kultuurilooline_kollektsioon, lk 28
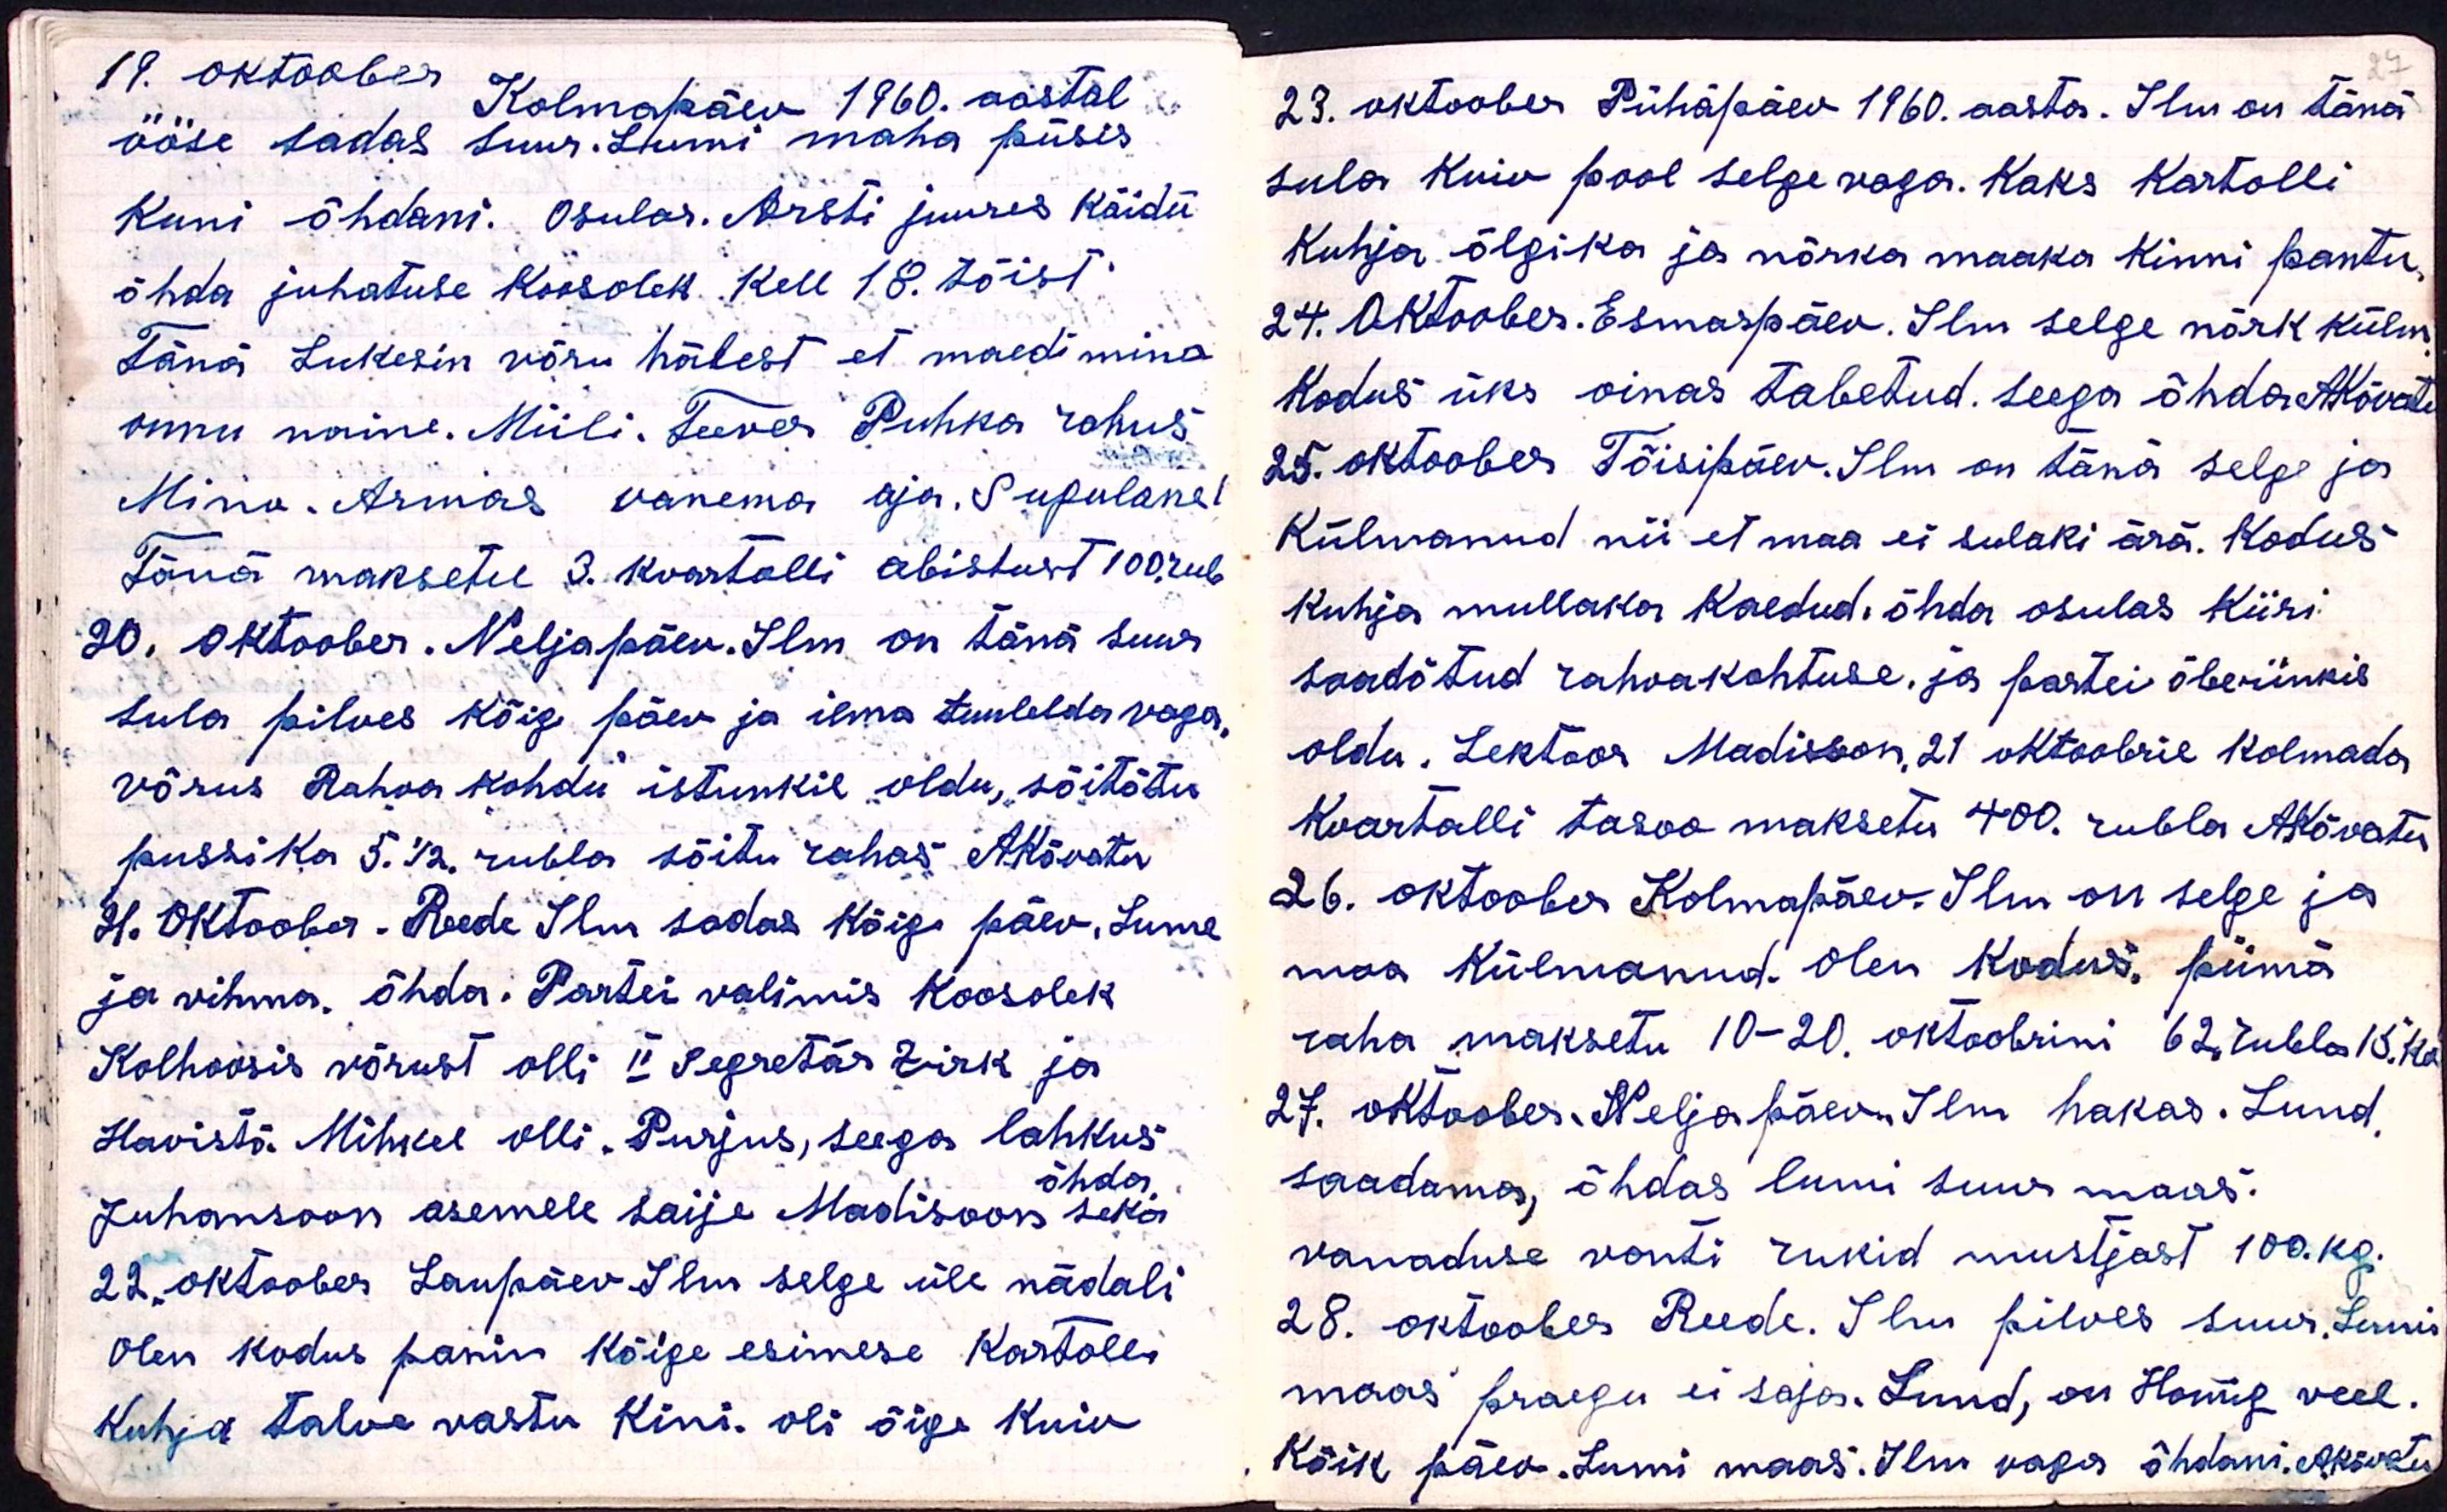
27

19. oktoober
Kolmapäev 1960. aastal
ööse sadas suur. Lumi maha püsis
kuni õhdani. Osulas. Arsti juures käidü
õhda juhatuse koosolek. Kell 18. tõist
Tänä Lukesin võru hälest et maedi mino
onnu naine. Miili. Teever Puhka rahus
Mino. Armas vanema aja. Sugulane
Tänä maksetu 3. kvartolli abistust 100. rub
20. Oktoober. Neljapäev. Ilm on tänä suur
sula pilves kõig päev ja ilma tuulelda vaga.
võrus Rahva kohdu istunkil oldu, sõitõtu
pussika 5.1/2 rubla sõitu rahas AKõvatu
21. Oktoober. Reede Ilm sadas kõige päev, Lume
ja vihma õhda. Partei valimis koosolek
Kolhoosis võrust olli II segretär Zirk ja
Havistö Mihkel olli. Purjus, seega lahkus
õhda
Juhansoon asemele saije Madisoon seka
22 oktoober Laupäev Ilm selge üle nädali
Olen kodus panin kõige esimese kartolli
kuhja talve vastu kini. oli õige kuiv

23. oktoober Pühapäev 1960. aasta. Ilm on tänä
sula kuiv pool selge vaga. Kaks Kartolli
kuhja õlgika ja nõrka maaka kinni pantu
24. Oktoober. Esmaspäev. Ilm selge nõrk külm
kodus üks oinas tabetud. seega õhda AKõvato
25. oktoober Tõisipäev. Ilm on täna selge ja
külmanud nii et maa ei sulaki ärä. Kodus
kuhja mullaka kaedud. õhda osulas Kiiri
saadõtud rahvakohtuse, ja partei õberinkis
oldu. Lektoor Madisson, 21 oktoobril kolmada
Kvartalli tasoo maksetu 400 rubla AKõvatu
26. oktoober Kolmapäev. Ilm on selge ja
maa külmanud. Olen kodus, piimä
raha maksetu 10-20 oktoobrini 62 rubla 15. ko
27. oktoober. Neljapäev. Ilm hakas. Lund
saadama, õhdas lumi suur maas.
vanaduse vonti rukid mustjast 100. kg.
28. oktoober Reede. Ilm pilves suur. Lumi
maas praegu ei saja. Lund, on Homug veel.
Kõik päev. Lumi maas. Ilm vaga õhtani. AKõvatu